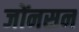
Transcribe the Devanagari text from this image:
जोंनसन